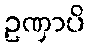
ဥဏှာပိ